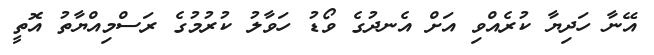
އޭނާ ހަދިޔާ ކުރެއްވި އަށް އެނދުގެ ވޯޑު ހަވާލު ކުރުމުގެ ރަސްމިއްޔާތު އޮތީ